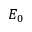
E _ { 0 }